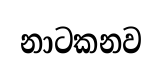
නාටකනව